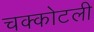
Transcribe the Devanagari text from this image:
चक्कोटली